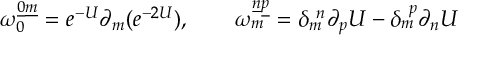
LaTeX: \omega _ { 0 } ^ { \underline { { 0 } } \underline { { m } } } = e ^ { - U } \partial _ { m } ( e ^ { - 2 U } ) , \qquad \omega _ { m } ^ { \underline { { n } } \underline { { p } } } = \delta _ { m } ^ { \ n } \partial _ { p } U - \delta _ { m } ^ { \ p } \partial _ { n } U